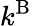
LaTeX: k^{\mathrm{B}}